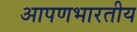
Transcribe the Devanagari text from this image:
आपणभारतीय